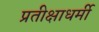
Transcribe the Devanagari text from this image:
प्रतीक्षाधर्मी